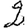
Digit: 2